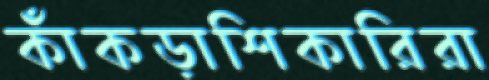
কাঁকড়াশিকারিরা